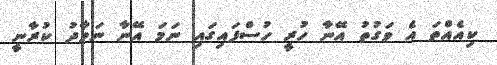
ކިއެއްތަ އެ ވަގުތު އޭނާ ހުރީ ހުސްފައިގައި ނަމަ އޭނާ ނަމާދު ކުރާނީ